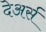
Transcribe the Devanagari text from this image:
देअर्स